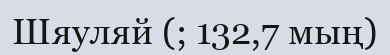
Шяуляй (; 132,7 мың)